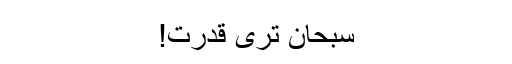
سبحان تری قدرت!